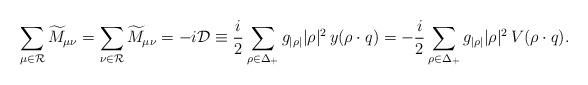
LaTeX: \begin{align*}\sum_{\mu\in{\cal R}}\widetilde{M}_{\mu\nu}= \sum_{\nu\in{\cal R}}\widetilde{M}_{\mu\nu}= -i{\cal D}\equiv{i\over2}\sum_{\rho\in\Delta_{+}}g_{|\rho|}|\rho|^2\,y (\rho\cdot q) =-{i\over2}\sum_{\rho\in\Delta_+}g_{|\rho|}|\rho|^2\,V (\rho\cdot q). \end{align*}